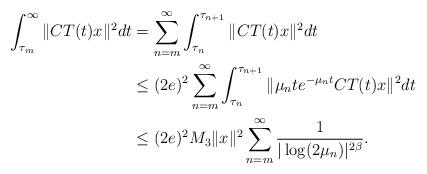
LaTeX: \begin{align*}\int^{\infty}_{\tau_m} \|CT(t)x\|^2 dt &=\sum_{n=m}^{\infty} \int^{\tau_{n+1}}_{\tau_n} \|CT(t)x\|^2 dt \\&\leq (2e)^2\sum_{n=m}^{\infty} \int^{\tau_{n+1}}_{\tau_n} \|\mu_n t e^{-\mu_n t} CT(t)x\|^2 dt \\&\leq (2e)^2 M_3\|x\|^2 \sum_{n=m}^{\infty} \frac{1}{|\log (2\mu_n)|^{2\beta}}.\end{align*}